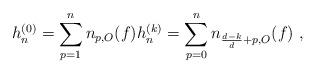
LaTeX: \begin{align*}h_n^{(0)}=\sum_{p=1}^nn_{p,O}(f) h_n^{(k)}&=\sum_{p=0}^nn_{\frac{d-k}{d}+p,O}(f) \ ,\end{align*}